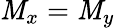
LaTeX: \mathit{M}_{x}=\mathit{M}_{y}